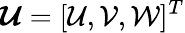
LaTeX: \boldsymbol{\mathcal{U}}=[\mathcal{U},\mathcal{V},\mathcal{W}]^{T}